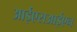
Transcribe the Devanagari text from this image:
आईएसआईएन